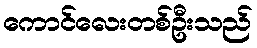
ကောင်လေးတစ်ဦးသည်